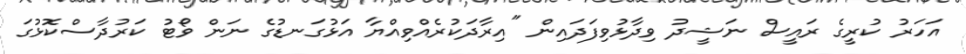
އަހަރު ކުރީގެ ރައީސް ނަޝީދު ވިދާޅުވިފަދައިން "އިރާދަކުރެއްވިއްޔާ އަޅުގަނޑުގެ ނަން ވޯޓު ކަރުދާސްކޮޅުގަ